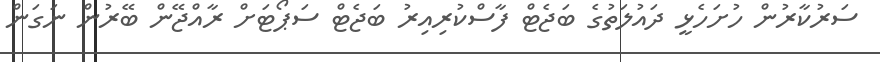
ސަރުކާރުން ހުށަހެޅީ ދައުލަތުގެ ބަޖެޓް ފާސްކުރިއިރު ބަޖެޓް ސަޕޯޓަށް ރާއްޖޭން ބޭރުން ނަގަން